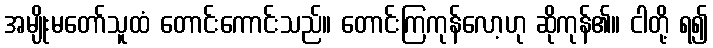
အမျိုးမတော်သူထံ တောင်းကောင်းသည်။ တောင်းကြကုန်လော့ဟု ဆိုကုန်၏။ ငါတို့ ရ၍